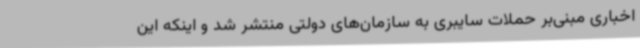
اخباری مبنی‌بر حملات سایبری به سازمان‌های دولتی منتشر شد و اینکه این